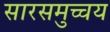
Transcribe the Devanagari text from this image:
सारसमुच्चय